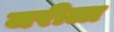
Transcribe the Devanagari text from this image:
जरीला